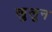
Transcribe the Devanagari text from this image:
खुलून